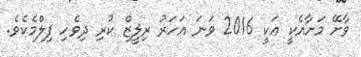
ވާށޭ މަށާއެކީ އަކީ 2016 ވަނަ އަހަރު ރިލީޒް ކުރި ދިވެހި ފިލްމެކެވެ.